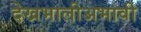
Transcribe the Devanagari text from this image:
देखभालीअभावी